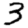
Digit: 3